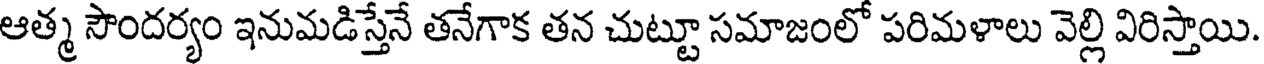
ఆత్మ సౌందర్యం ఇనుమడిస్తేనే తనేగాక తన చుట్టూ సమాజంలో పరిమళాలు వెల్లి విరిస్తాయి.